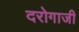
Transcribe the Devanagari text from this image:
दरोगाजी